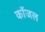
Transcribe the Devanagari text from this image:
कॉजल